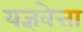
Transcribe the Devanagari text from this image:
यज्ञवेत्ता